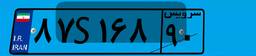
۹۲S۹۸۲۴۹